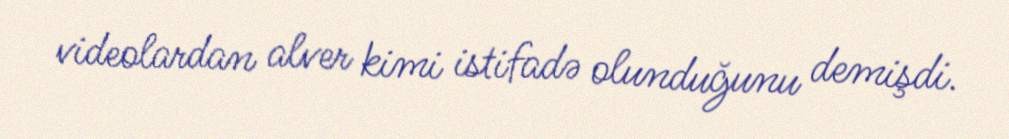
videolardan alver kimi istifadə olunduğunu demişdi.